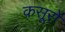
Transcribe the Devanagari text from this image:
क़सूरों